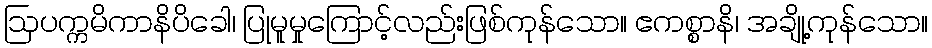
ဩပက္ကမိကာနိပိခေါ၊ ပြုမူမှုကြောင့်လည်းဖြစ်ကုန်သော။ ဧကစ္စာနိ၊ အချို့ကုန်သော။